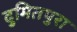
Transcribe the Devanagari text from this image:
दुमितपुरा